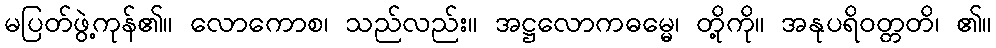
မပြတ်ဖွဲ့ကုန်၏။ လောကောစ၊ သည်လည်း။ အဋ္ဌလောကဓမ္မေ၊ တို့ကို။ အနုပရိဝတ္တတိ၊ ၏။